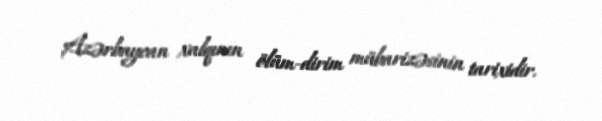
Azərbaycan xalqının ölüm-dirim mübarizəsinin tarixidir.